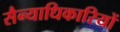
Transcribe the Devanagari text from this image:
सैन्याधिकारियों